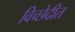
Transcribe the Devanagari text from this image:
विच्छेदीत